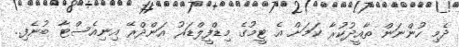
ދެމި ހުންނަން ތާއީދުކުރާ ކަމަށް އެ ޓީމުގެ މިޑްފީލްޑަރު އަންދްރޭ އިނިއެސްޓާ ބުނެފި..